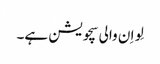
لِو اِ ن والی سچویشن ہے۔